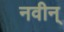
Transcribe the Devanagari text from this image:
नवीन्